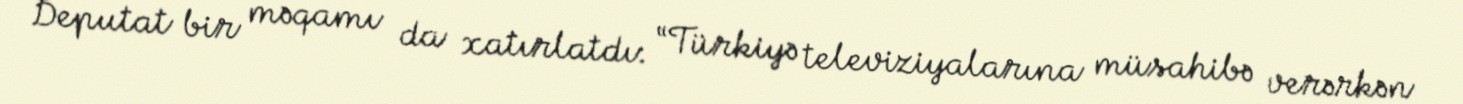
Deputat bir məqamı da xatırlatdı: “Türkiyə televiziyalarına müsahibə verərkən